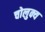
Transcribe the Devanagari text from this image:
चोलुक्य